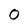
Character: 0